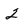
Character: 2